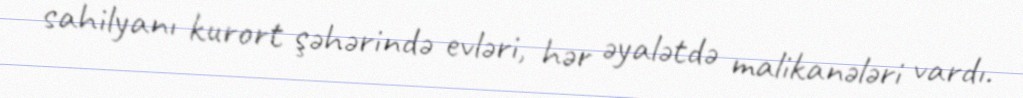
sahilyanı kurort şəhərində evləri, hər əyalətdə malikanələri vardı.